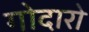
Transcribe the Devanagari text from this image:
गोदारो